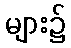
များ၌